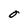
Character: O